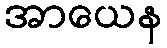
အာယေန